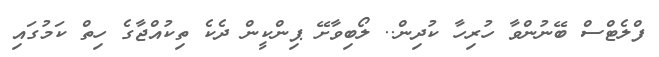
ފްލެޓްސް ބޭނުންވާ ހުރިހާ ކުދިން.. ލޯބިވާށޭ ޕިންކީން ދެކެ ތިކުއްޖާގެ ހިތް ކަމުގައި